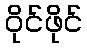
ဝိုင်ဖိုင်